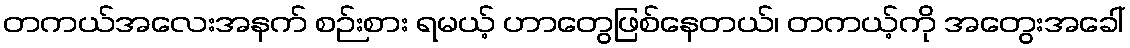
တကယ်အလေးအနက် စဉ်းစား ရမယ့် ဟာတွေဖြစ်နေတယ်၊ တကယ့်ကို အတွေးအခေါ်